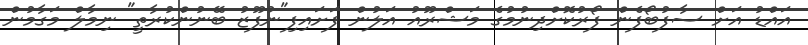
އައްޑު އަށް ސާފުބޯފެން ފޯރުކޮށްދިނުމުގެ މަޝްރޫއު އަލުން ފަށައިފި"ނުފޫޒު ބޭނުންކުރާތީ" ނިމާލް މަގާމުން